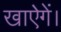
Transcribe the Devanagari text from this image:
खाऐगें।